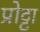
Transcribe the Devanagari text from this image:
प्रोट्टा